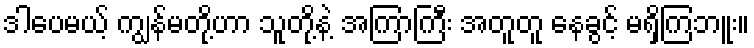
ဒါပေမယ့် ကျွန်မတို့ဟာ သူတို့နဲ့ အကြာကြီး အတူတူ နေခွင့် မရှိကြဘူး။